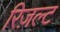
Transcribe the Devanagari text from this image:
रिज़ल्ट